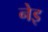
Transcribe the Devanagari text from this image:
नेइ